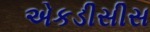
એકડીસીસ